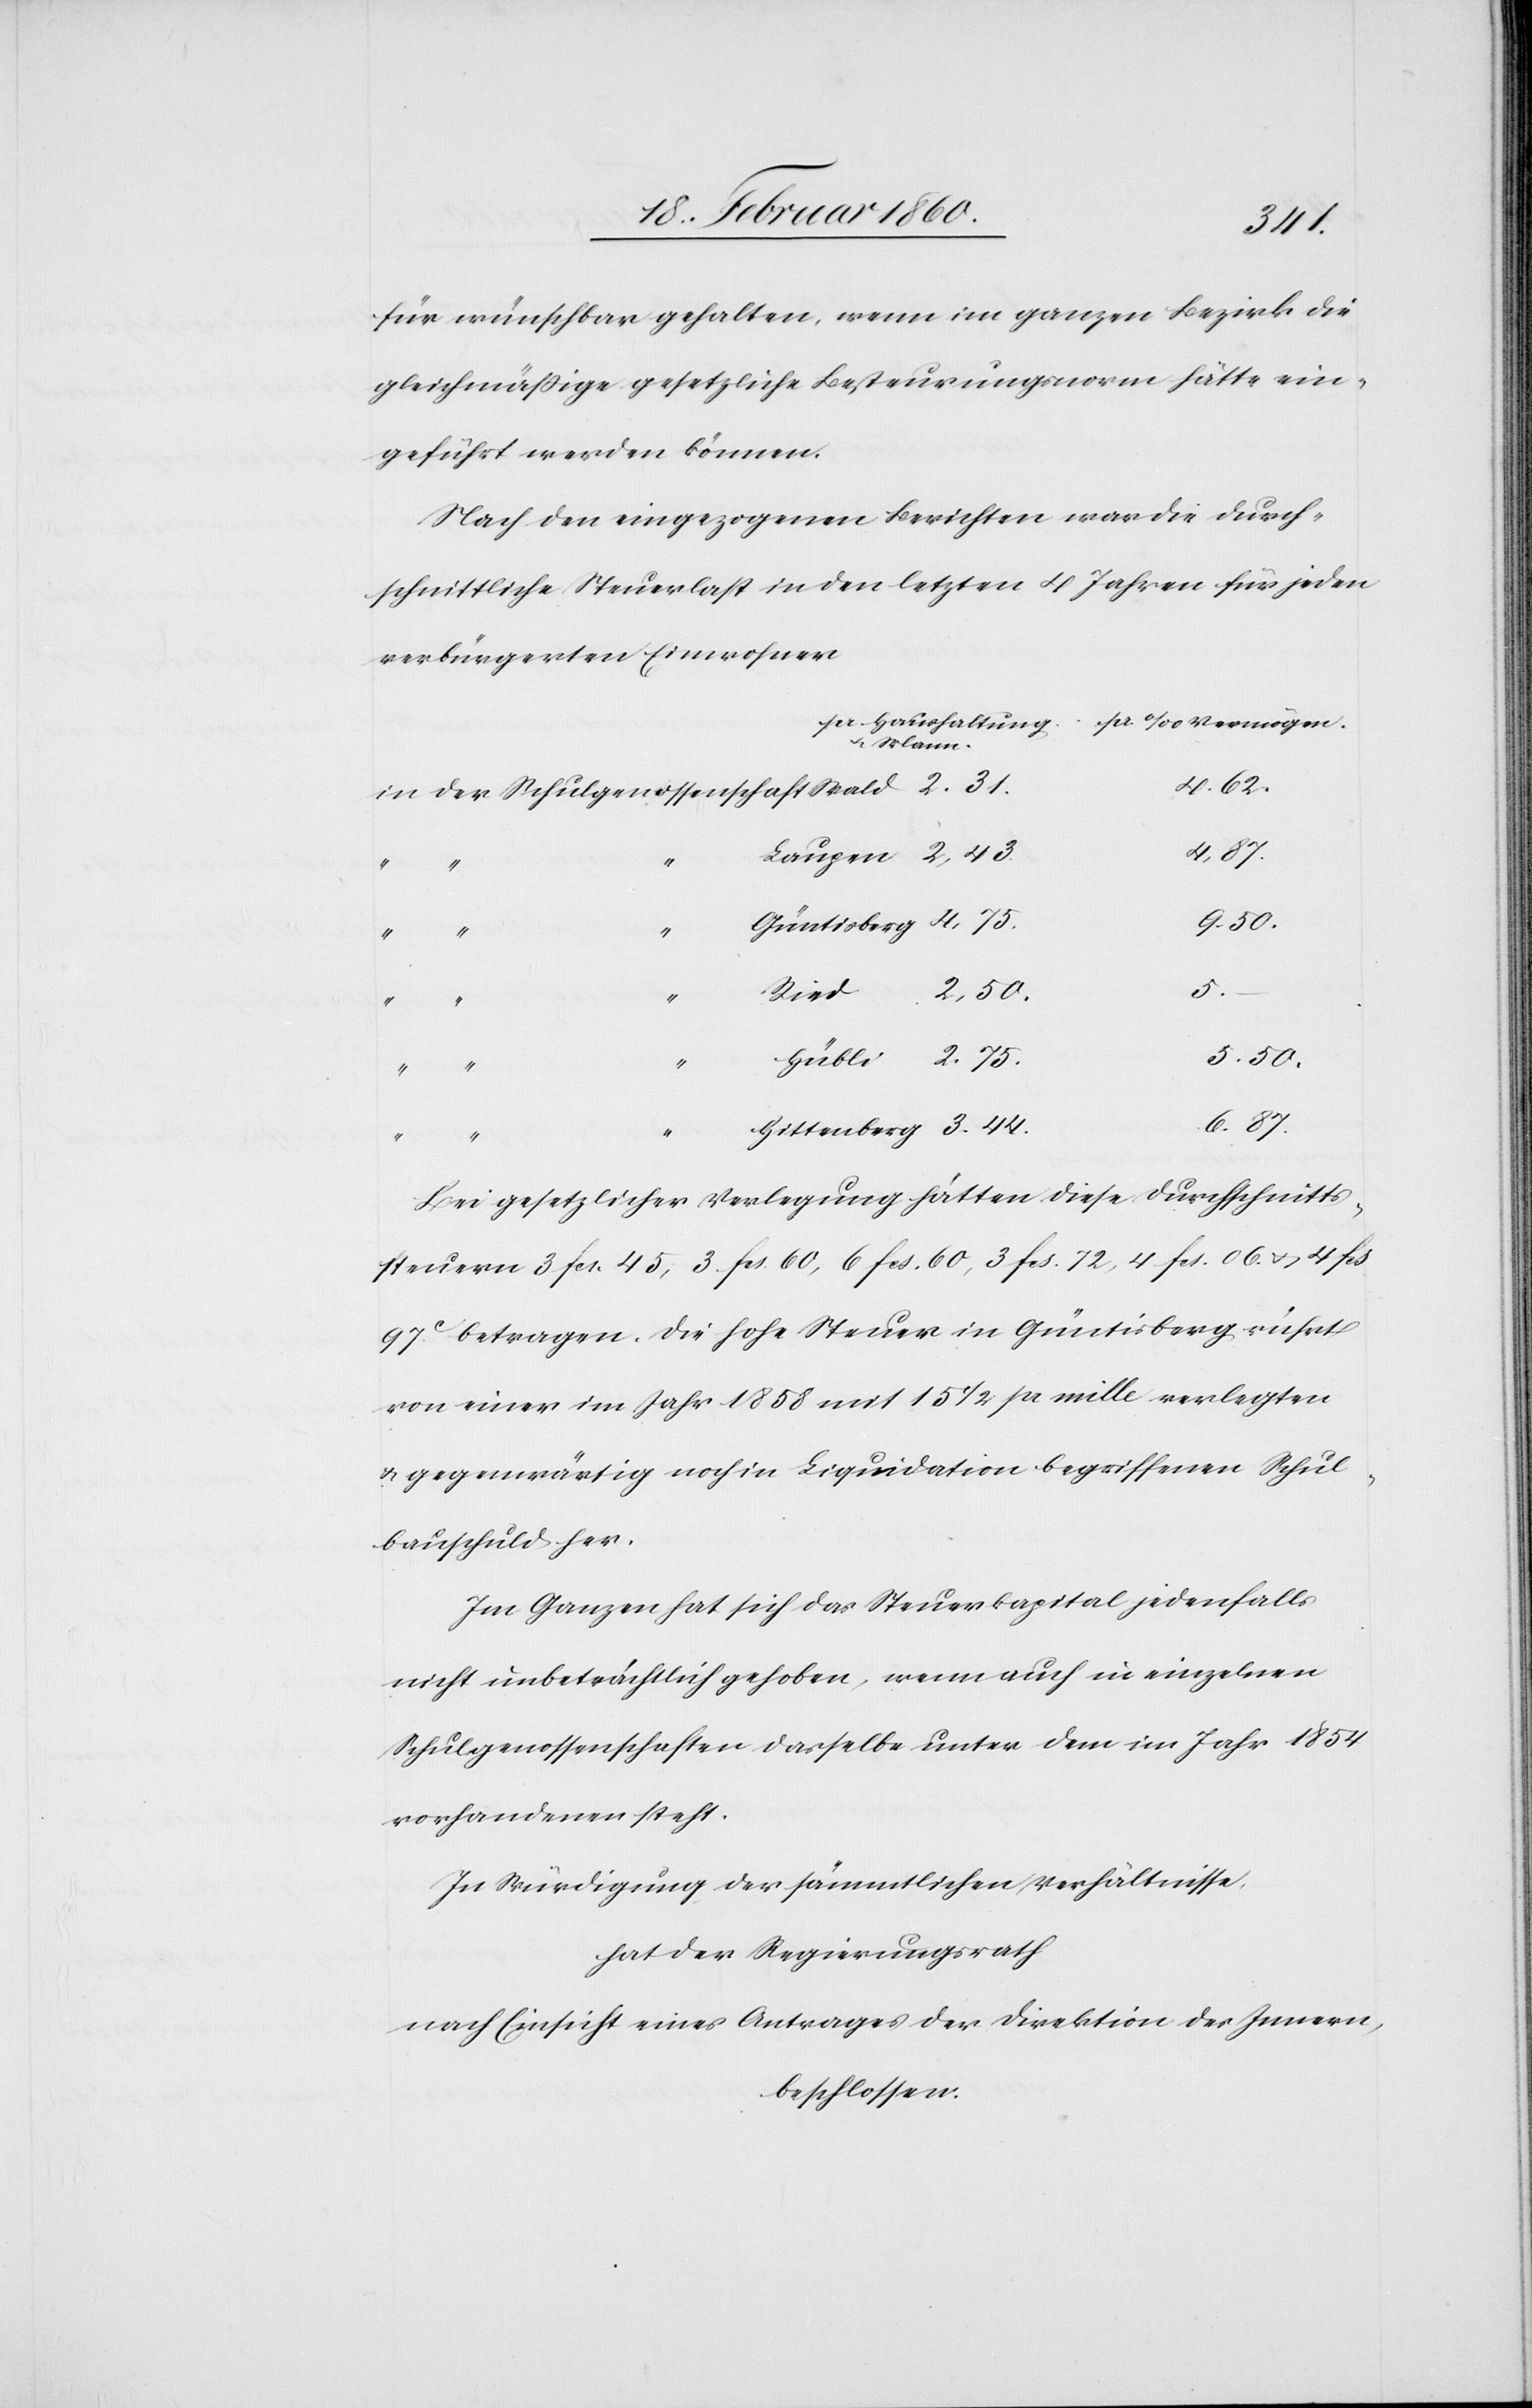
3. 44.
für wünschbar gehalten, wenn im ganzen Bezirk die
gleichmässige gesetzliche Besteurungsnorm hätte ein¬
geführt werden können.
Nach den eingezogenen Berichten war die Durch¬
schnittliche Steuerlast in den letzten 4 Jahren für jeden
verbürgerten Einwohner
u. Mann
4. 62.
2. 75.
5.
5. 50.
“
Hittenberg
6. 87.
Bei gesetzlicher Verlegung hätten diese Durchschnitts¬
steuern 3. fcs. 45, 3. fcs. 60., 3 fcs. 72., 4 fcs. 06. u. 4 fcs
97C betragen. Die hohe Steuer in Güntisberg rührt
von einer im Jahr 1858 mit 15 1/2 pr. mille verlegten
u. gegenwärtig noch in Liquidation begriffenen Schul¬
bauschuld her.
Im Ganzen hat sich das Steuerkapital jedenfalls
nicht unbeträchtlich gehoben, wenn auch in einzelnen
Schulgenossenschaften dasselbe unter dem im Jahr 1854
vorhandenen steht.
in Würdigung der sämmtlichen Verhältnisse,
hat der Regierungsrath
nach Einsicht eines Antrages der Direktion des Innern
beschlossen: